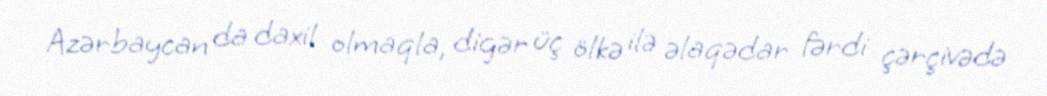
Azərbaycan da daxil olmaqla, digər üç ölkə ilə əlaqədar fərdi çərçivədə